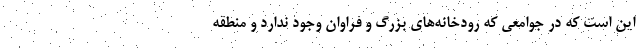
این است که در جوامعی که رودخانه‌های بزرگ و فراوان وجود ندارد و منطقه